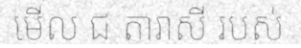
មើល ជ តារាសី របស់